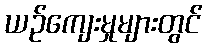
ယဉ်ကျေးမှုများတွင်